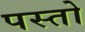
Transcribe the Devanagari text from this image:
पस्तो